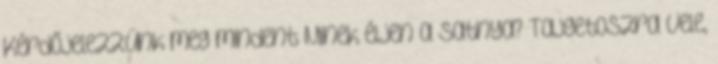
Kérdőjelezzünk meg mindent Minek éljen a satnya? Tajgetoszra vele,